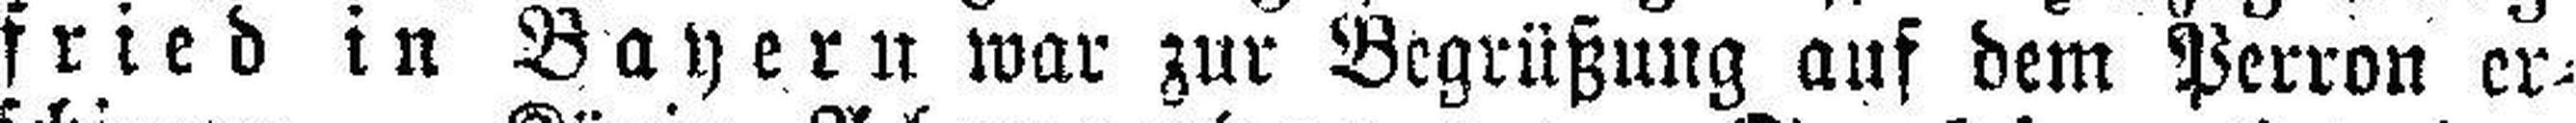
fried in Bayern war zur Begrüßung auf dem Perron er¬